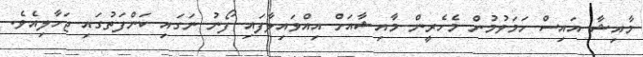
މާއިޝާ އައިސް ހަމަވުމުން މެހެރީން މާއިޝާއަށް އިއްވައިލާފައި ފޯނު ނަގައި ކަންފަތުގައި ޖަހާލިއެވެ.